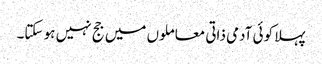
پہلا کوئی آدمی ذاتی معاملوں میں جج نہیں ہو سکتا۔